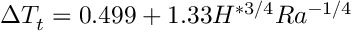
\Delta T _ { t } = 0 . 4 9 9 + 1 . 3 3 H ^ { * 3 / 4 } R a ^ { - 1 / 4 }